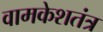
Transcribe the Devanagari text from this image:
वामकेशतंत्र